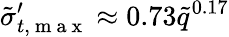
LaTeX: \tilde{\sigma}_{t,\mathrm{~m~a~x~}}^{\prime}\approx 0.73\tilde{q}^{0.17}